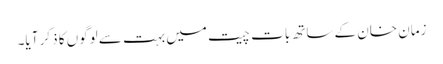
زمان خان کے ساتھ بات چیت میں بہت سے لوگوں کا ذکر آیا۔